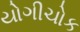
યોગીચોક